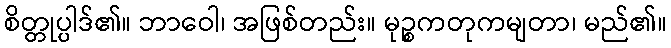
စိတ္တုပ္ပါဒ်၏။ ဘာဝေါ၊ အဖြစ်တည်း။ မုဉ္စကတုကမျတာ၊ မည်၏။